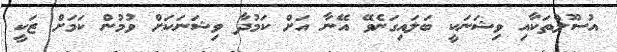
އުސޫލްތަކާއި ވިޝަނަކީ ބަލައިގަނެވޭ އޭނާ އަށް ކަމުދާ ވިޝަނަކަށް ވުމުން ކަމަށް ޒަކީ